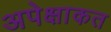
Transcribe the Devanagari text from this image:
अपेक्षाकत